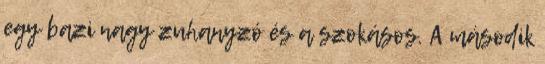
egy bazi nagy zuhanyzó és a szokásos. A második